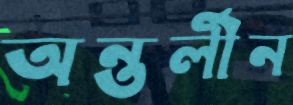
অন্তর্লীন